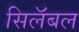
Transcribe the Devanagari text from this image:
सिलॅबल